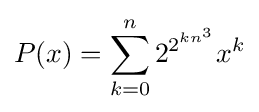
P(x)=\sum _{k=0}^{n}2^{2^{kn^{3}}}x^{k}